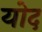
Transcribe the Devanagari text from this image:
योद